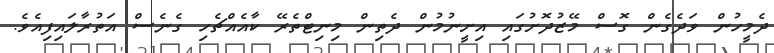
ދެމީހުން ވަދެގެން ގޮސް މޭޒުދޮށުގައި އިށީނުމުން ދެތިން މިނިޓްތެރޭ ކާއެއްޗެހި ގެނެސް އަތުރާލައިފިއެވެ.